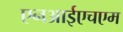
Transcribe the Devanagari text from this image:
एनआईएचएम